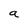
Character: a